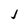
Character: J